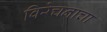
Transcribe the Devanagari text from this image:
विरेचनाचा